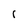
Character: l